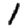
Digit: 1